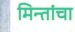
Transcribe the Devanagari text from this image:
मिन्तांचा